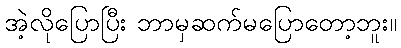
အဲ့လိုပြောပြီး ဘာမှဆက်မပြောတော့ဘူး။